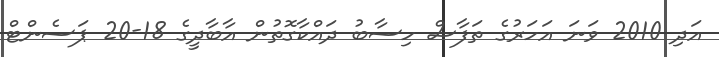
އަދި 2010 ވަނަ އަހަރުގެ ތަފާސް ހިސާބު ދައްކާގޮތުން އާބާދީގެ 18-20 ޕަސެންޓް